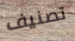
تصنيف